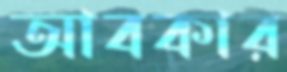
আবকার